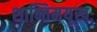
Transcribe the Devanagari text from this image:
शान्तिमयूखः